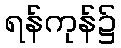
ရန်ကုန်၌